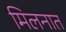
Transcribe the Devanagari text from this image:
मिलनात